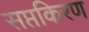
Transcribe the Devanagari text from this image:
सप्तकिरण